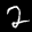
Digit: 2